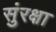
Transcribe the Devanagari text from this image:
सुंरक्षा